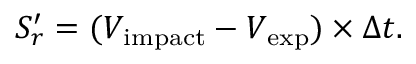
S _ { r } ^ { \prime } = ( V _ { \mathrm { { i m p a c t } } } - V _ { \mathrm { { e x p } } } ) \times \Delta t .